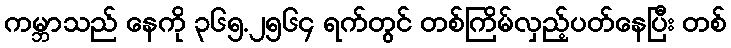
ကမ္ဘာသည် နေကို ၃၆၅.၂၅၆၄ ရက်တွင် တစ်ကြိမ်လှည့်ပတ်နေပြီး တစ်